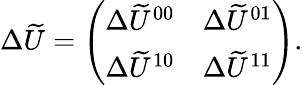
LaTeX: \begin{array}{r}{\Delta\widetilde U=\left(\begin{array}{ll}{\Delta\widetilde U^{00}}&{\Delta\widetilde U^{01}}\\ {\Delta\widetilde U^{10}}&{\Delta\widetilde U^{11}}\end{array}\right).}\end{array}